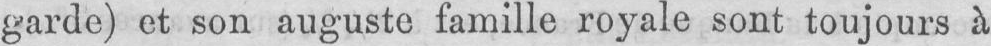
garde) et son auguste famille royale sont toujours à